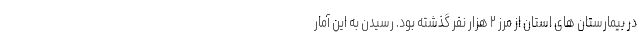
در بیمارستان های استان از مرز ۲ هزار نفر گذشته بود. رسیدن به این آمار